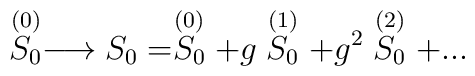
\stackrel{(0)}{S_0}\longrightarrow S_0 = \stackrel{(0)}{S_0} +g \stackrel{(1)}{S_0} +g^2 \stackrel{(2)}{S_0} + ...